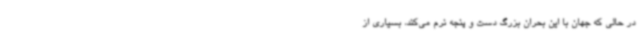
در حالی که جهان با این بحران بزرگ دست و پنجه نرم می‌کند، بسیاری از